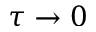
\tau \to 0